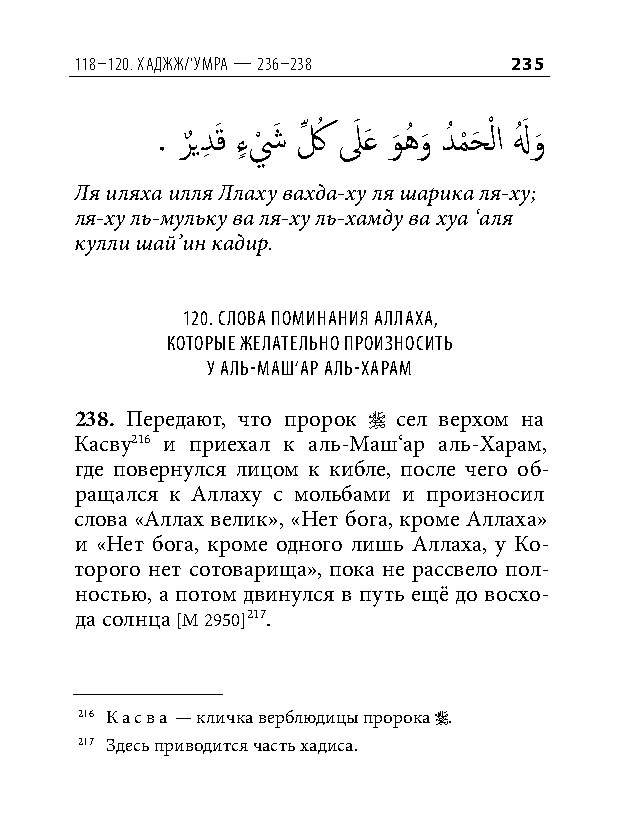
118–120. хаджж/‘умра — 236–238 235
 . ر
 ٌ
 يدِ َق ءٍ ش
 ْ
 َ كِّ ُ لَ َع و
 َ
 هُ و
 َ
 دُ م
 ْ
 حَ ْ لا لهُ َ و
 َ
 Ля иляха илля Ллаху вахда-ху ля шарика ля-ху;
 ля-ху ль-мульку ва ля-ху ль-хамду ва хуа ‘аля
 кулли шай’ин кадир.
 120. Слова поминания аллаха,
 которые желательно произноСить
 у аль-маш‘ар аль-харам
 238. Передают, что пророк  сел верхом на
 Касву216 и приехал к аль-Маш‘ар аль-Харам,
 где повернулся лицом к кибле, после чего об-
 ращался к Аллаху с мольбами и произносил
 слова «Аллах велик», «Нет бога, кроме Аллаха»
 и «Нет бога, кроме одного лишь Аллаха, у Ко-
 торого нет сотоварища», пока не рассвело пол-
 ностью, а потом двинулся в путь ещё до восхо-
 да солнца [М 2950]217.
 216 Касва — кличка верблюдицы пророка .
 217 Здесь приводится часть хадиса.